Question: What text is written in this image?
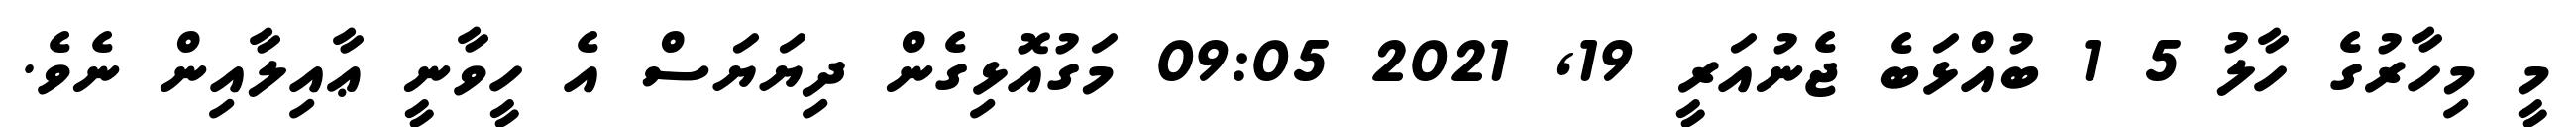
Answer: މީ މިހާރުގެ ހާލު 5 1 ބުއްޅަބެ ޖެނުއަރީ 19, 2021 09:05 މަގުއޮޅިގެން ދިޔަޔަސް އެ ހީވާނީ ޢާއިލާއިން ނެވެ.